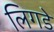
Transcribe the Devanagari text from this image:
लिगडे